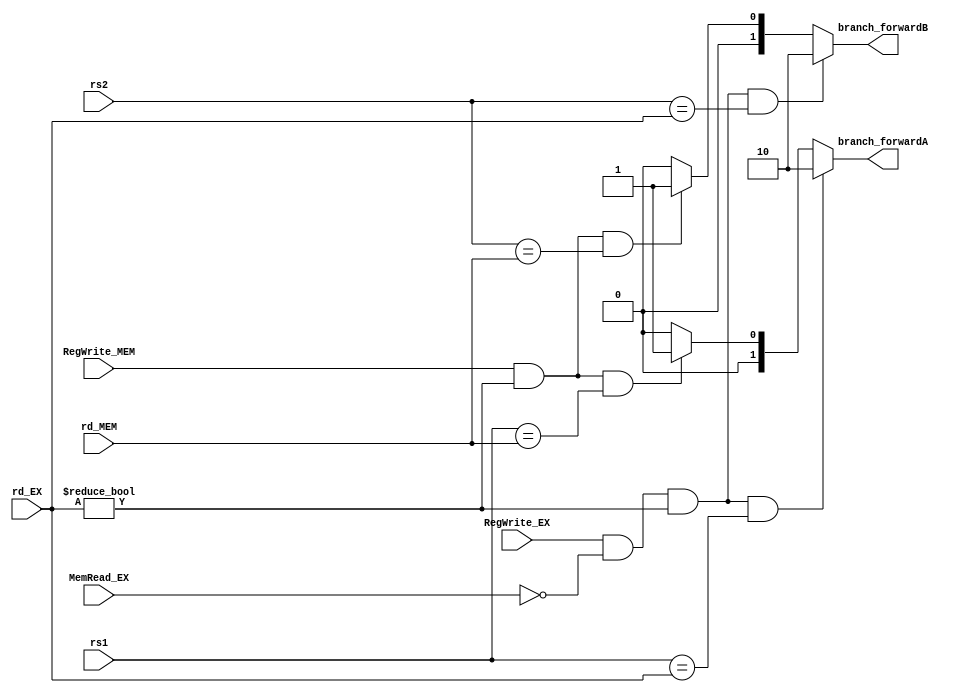
`timescale 1ns / 1ps
//////////////////////////////////////////////////////////////////////////////////
// Company: 
// Engineer: 
// 
// Design Name: 
// Module Name: CONTROL
// Project Name: 
// Target Devices: 
// Tool Versions: 
// Description: 
// 
// Dependencies: 
// 
// Revision:
// Revision 0.01 - File Created
// Additional Comments:
// 
//////////////////////////////////////////////////////////////////////////////////

module branchForwarding (
    input [4:0] rs1, rs2, rd_EX, rd_MEM,
    input RegWrite_EX, MemRead_EX, RegWrite_MEM,
    output [1:0] branch_forwardA, branch_forwardB 
);

    assign branch_forwardA = (RegWrite_EX & !MemRead_EX & (rd_EX != 0) & (rs1 == rd_EX)) ? 2'b10 
                                                                           : (RegWrite_MEM & (rd_EX != 0) & (rs1 == rd_MEM)) 
                                                                           ? 2'b01 : 2'b00;
    assign branch_forwardB = (RegWrite_EX & !MemRead_EX & (rd_EX != 0) & (rs2 == rd_EX)) ? 2'b10 
                                                                           : (RegWrite_MEM & (rd_EX != 0) & (rs2 == rd_MEM)) ? 2'b01 : 2'b00;
    
endmodule

//if an ALU instruction immediately preceding a branch produces the operand for the test in the conditional branch, 
//a stall will be required.
//By extension, if a load is immediately followed by a conditional branch that depends on the load result, 
//two stall cycles will be needed
module branchhazardDetection (
    input [4:0] rs1, rs2, rd_ID, rd_EX,
    input Branch, MemRead, 
    output PCWrite, IDWrite, CtrlSrc
);
    assign PCWrite = Branch && (((rd_ID == rs1 || rd_ID == rs2) && (rd_ID != 0)) || (MemRead && (rd_EX == rs1 || rd_EX == rs2) && (rd_EX != 0))) ? 0 : 1;
    assign IDWrite = Branch && (((rd_ID == rs1 || rd_ID == rs2) && (rd_ID != 0)) || (MemRead && (rd_EX == rs1 || rd_EX == rs2) && (rd_EX != 0))) ? 0 : 1;
    assign CtrlSrc = Branch && (((rd_ID == rs1 || rd_ID == rs2) && (rd_ID != 0)) || (MemRead && (rd_EX == rs1 || rd_EX == rs2) && (rd_EX != 0))) ? 1 : 0;    
endmodule